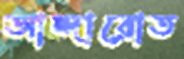
আন্দারোত